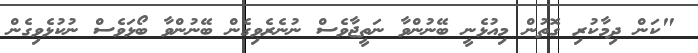
"ކަން ދިމާކުރި ގޮތުން މިއުޅެނީ ބޭނުންވާ ނަތީޖާވެސް ނުނެރެވިގެން ބޭނުންވާ ބޯޅަވެސް ނުކުޅެވިގެން